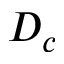
D _ { c }